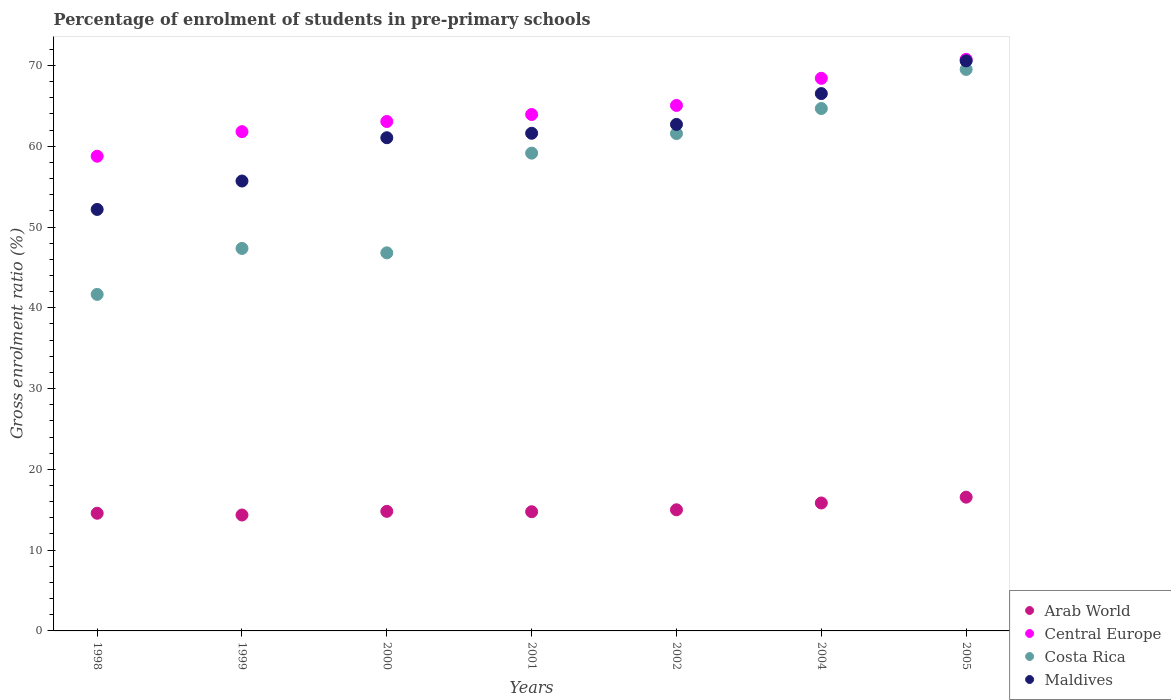
| Years | Arab World | Central Europe | Costa Rica | Maldives |
 | --- | --- | --- | --- | --- |
 | 1998 | 14.6 | 58.8 | 41.7 | 52.2 |
 | 1999 | 14.3 | 61.8 | 47.3 | 55.7 |
 | 2000 | 14.8 | 63.1 | 46.8 | 61.1 |
 | 2001 | 14.8 | 63.9 | 59.1 | 61.6 |
 | 2002 | 15 | 65 | 61.6 | 62.7 |
 | 2004 | 15.8 | 68.4 | 64.7 | 66.5 |
 | 2005 | 16.6 | 70.8 | 69.5 | 70.6 |